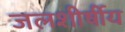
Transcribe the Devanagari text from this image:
जलशीर्षीय